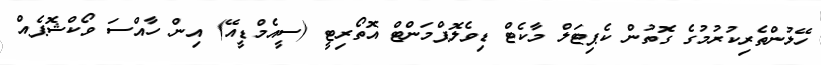
ހޭލުންތެރިކުރުމުގެ ގޮތުން ކެޕިޓަލް މާކެޓް ޑިވެލޮޕްމަންޓް އޮތޯރިޓީ (ސީއެމްޑީއޭ) އިން ހާއްސަ ވޯކްޝޮޕެއް